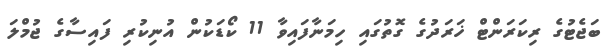
ބަޖެޓުގެ ރިކަރަންޓް ޚަރަދުގެ ގޮތުގައި ހިމަނާފައިވާ 11 ކޯޑަކުން އުނިކުރި ފައިސާގެ ޖުމްލަ